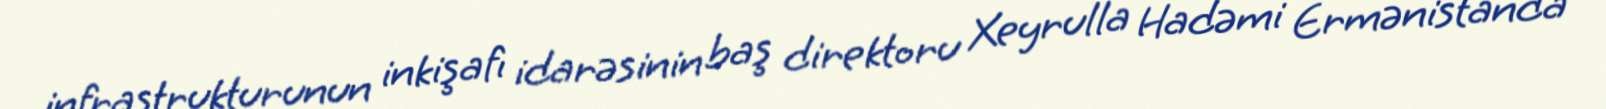
infrastrukturunun inkişafı idarəsinin baş direktoru Xeyrulla Hadəmi Ermənistanda